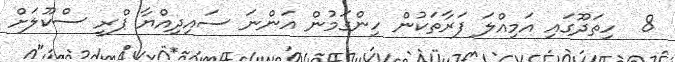
8  ހިތަދޫޫގައި އަމިއްލަ ފަރާތަކުން ހިންގަމުން އަންނަ ސައިދިއްޔާ ޕްރީ ސްކޫލަށް